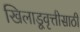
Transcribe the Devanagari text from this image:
खिलाडूवृत्तीसाठी